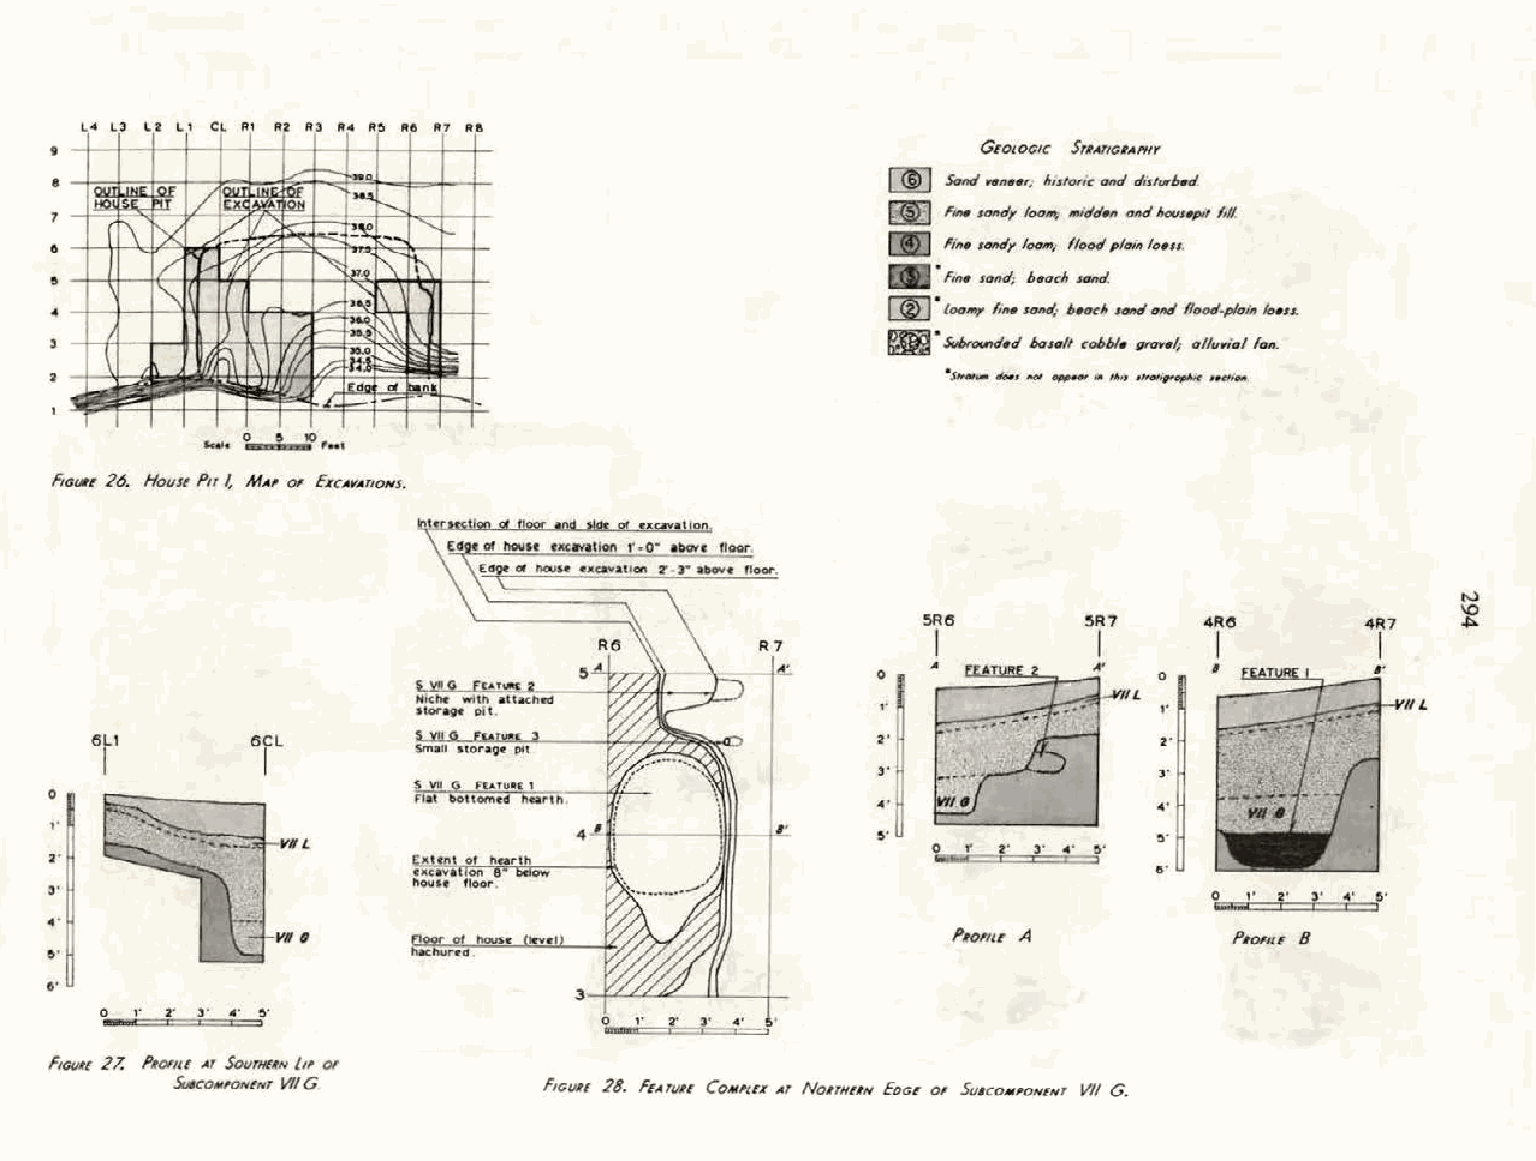
L4 L3 L 2 L 1 CL ~~ ~ ~3 ~ .. R!l ~6 ~7 ~8
 ..
 GEOLOGIC SrltATIGitAPHr
 r---
 78 lo Hu
 O l
 rll>.I \N
 E
 E I ~OF L lf lo ?Eu
 X
 -1
 1
 l.. WI /N A& !. O i5./ F N" '. " -i !-~ =
 ~ !' --. ... .. . ......... 1- t-
 I~
 ~ E
 lS 'la n#n t slv o# nn clt rt# r lo, oml1 ;1 sl mor icic
 lc
 lo #n nc l
 a
 ncl ci ls l hu or ub S# #d />.
 11 f,ff.
 e         L.                                               rin• sontlr loam; lloocl plain lo#SS.
 / v [1 /  ~   1'\ ~
 )7.0 ...                              • l'ln• sand; b•ach sond.
 I    ~ .."...' [\                          (E • l oamr hn• sane/; b•ach sontl anti 1/oocl-p/oin lo#ss.
 -I   ""'
 ~ fl\
 I 1\\ VI~
 ;
 1 f- -" - i.u. 1... ~o ~
 ~
 ~
 ~n
 ~
 • Subrouncl•cl baso/1 cobb/• grav•l;
 o/lu.,it~l
 /on.
 // H·   ki-_- ,
 2                  lE.d d   t-
 ~  F""           .f 1--1-
 ..... 0
 NGIM£ 26. Hovu p, I, M.v OF ExcAVATIONS.
 floor
 N
 '-0
 5Rt5       5R7     4Rt5       4R7   .$:>.
 I          I       I         I
 0                  0
 ,.              7/L ,.
 L
 6L1        6CL                                      2'                 2'
 I          I
 3'                 3'
 ...                .. .
 0
 ,.
 ••
 VII L                                  !I' ......,.. ...  !I'
 0   2' 3'  !I'
 2'                                                            I  I   I
 6'    ,.    ...
 .3 ..'                                                                       0    2' 3' 5'
 F1oor of hou.st                    P!tOFIU A          PKOFII£ 8
 !I'                      h;ochur«d.
 6'
 0 I' 2' 3' .C' ~·
 FtGIIH 2 7. PKOFII£ AT SovrHfKN '" OF
 Su.coM,ON£NT 1171 G     Ftcvn 28. F£Aruu COMI'lfX .or NonHUN Eoc£ OF Sv1cOMI'ON£NT VII G.